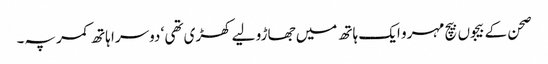
صحن کے بیجوں بیچ مہرو ایک ہاتھ میں جھاڑو لیے کھڑی تھی ‘ دوسرا ہاتھ کمر پہ۔